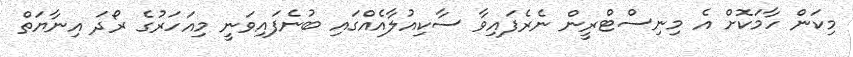
މިކަން ހާމަކޮށް އެ މިނިސްޓްރީން ނެރެފައިވާ ސާކިއުލާއެއްގައި ބުނެފައިވަނީ މިއަހަރުގެ ރޯދަ އިނާޔަތް